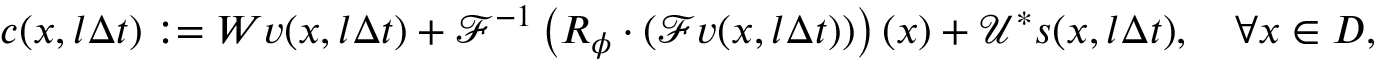
c ( x , l \Delta t ) : = W { v } ( { x } , l \Delta t ) + \mathcal { F } ^ { - 1 } \left( R _ { \phi } \cdot \left( \mathcal { F } { v } ( { x } , l \Delta t ) \right) \right) ( x ) + \mathcal { U ^ { * } } s ( x , l \Delta t ) , \quad \forall x \in D ,